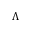
\Lambda